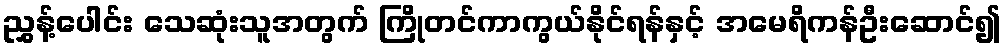
ညွှန့်ပေါင်း သေဆုံးသူအတွက် ကြိုတင်ကာကွယ်နိုင်ရန်နှင့် အမေရိကန်ဦးဆောင်၍